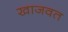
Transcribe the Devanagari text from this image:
खाजवत